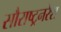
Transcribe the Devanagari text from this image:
सौराष्ट्रनरेश